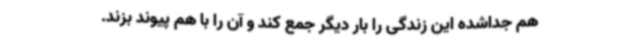
هم جداشده این زندگی را بار دیگر جمع کند و آن را با هم پیوند بزند.